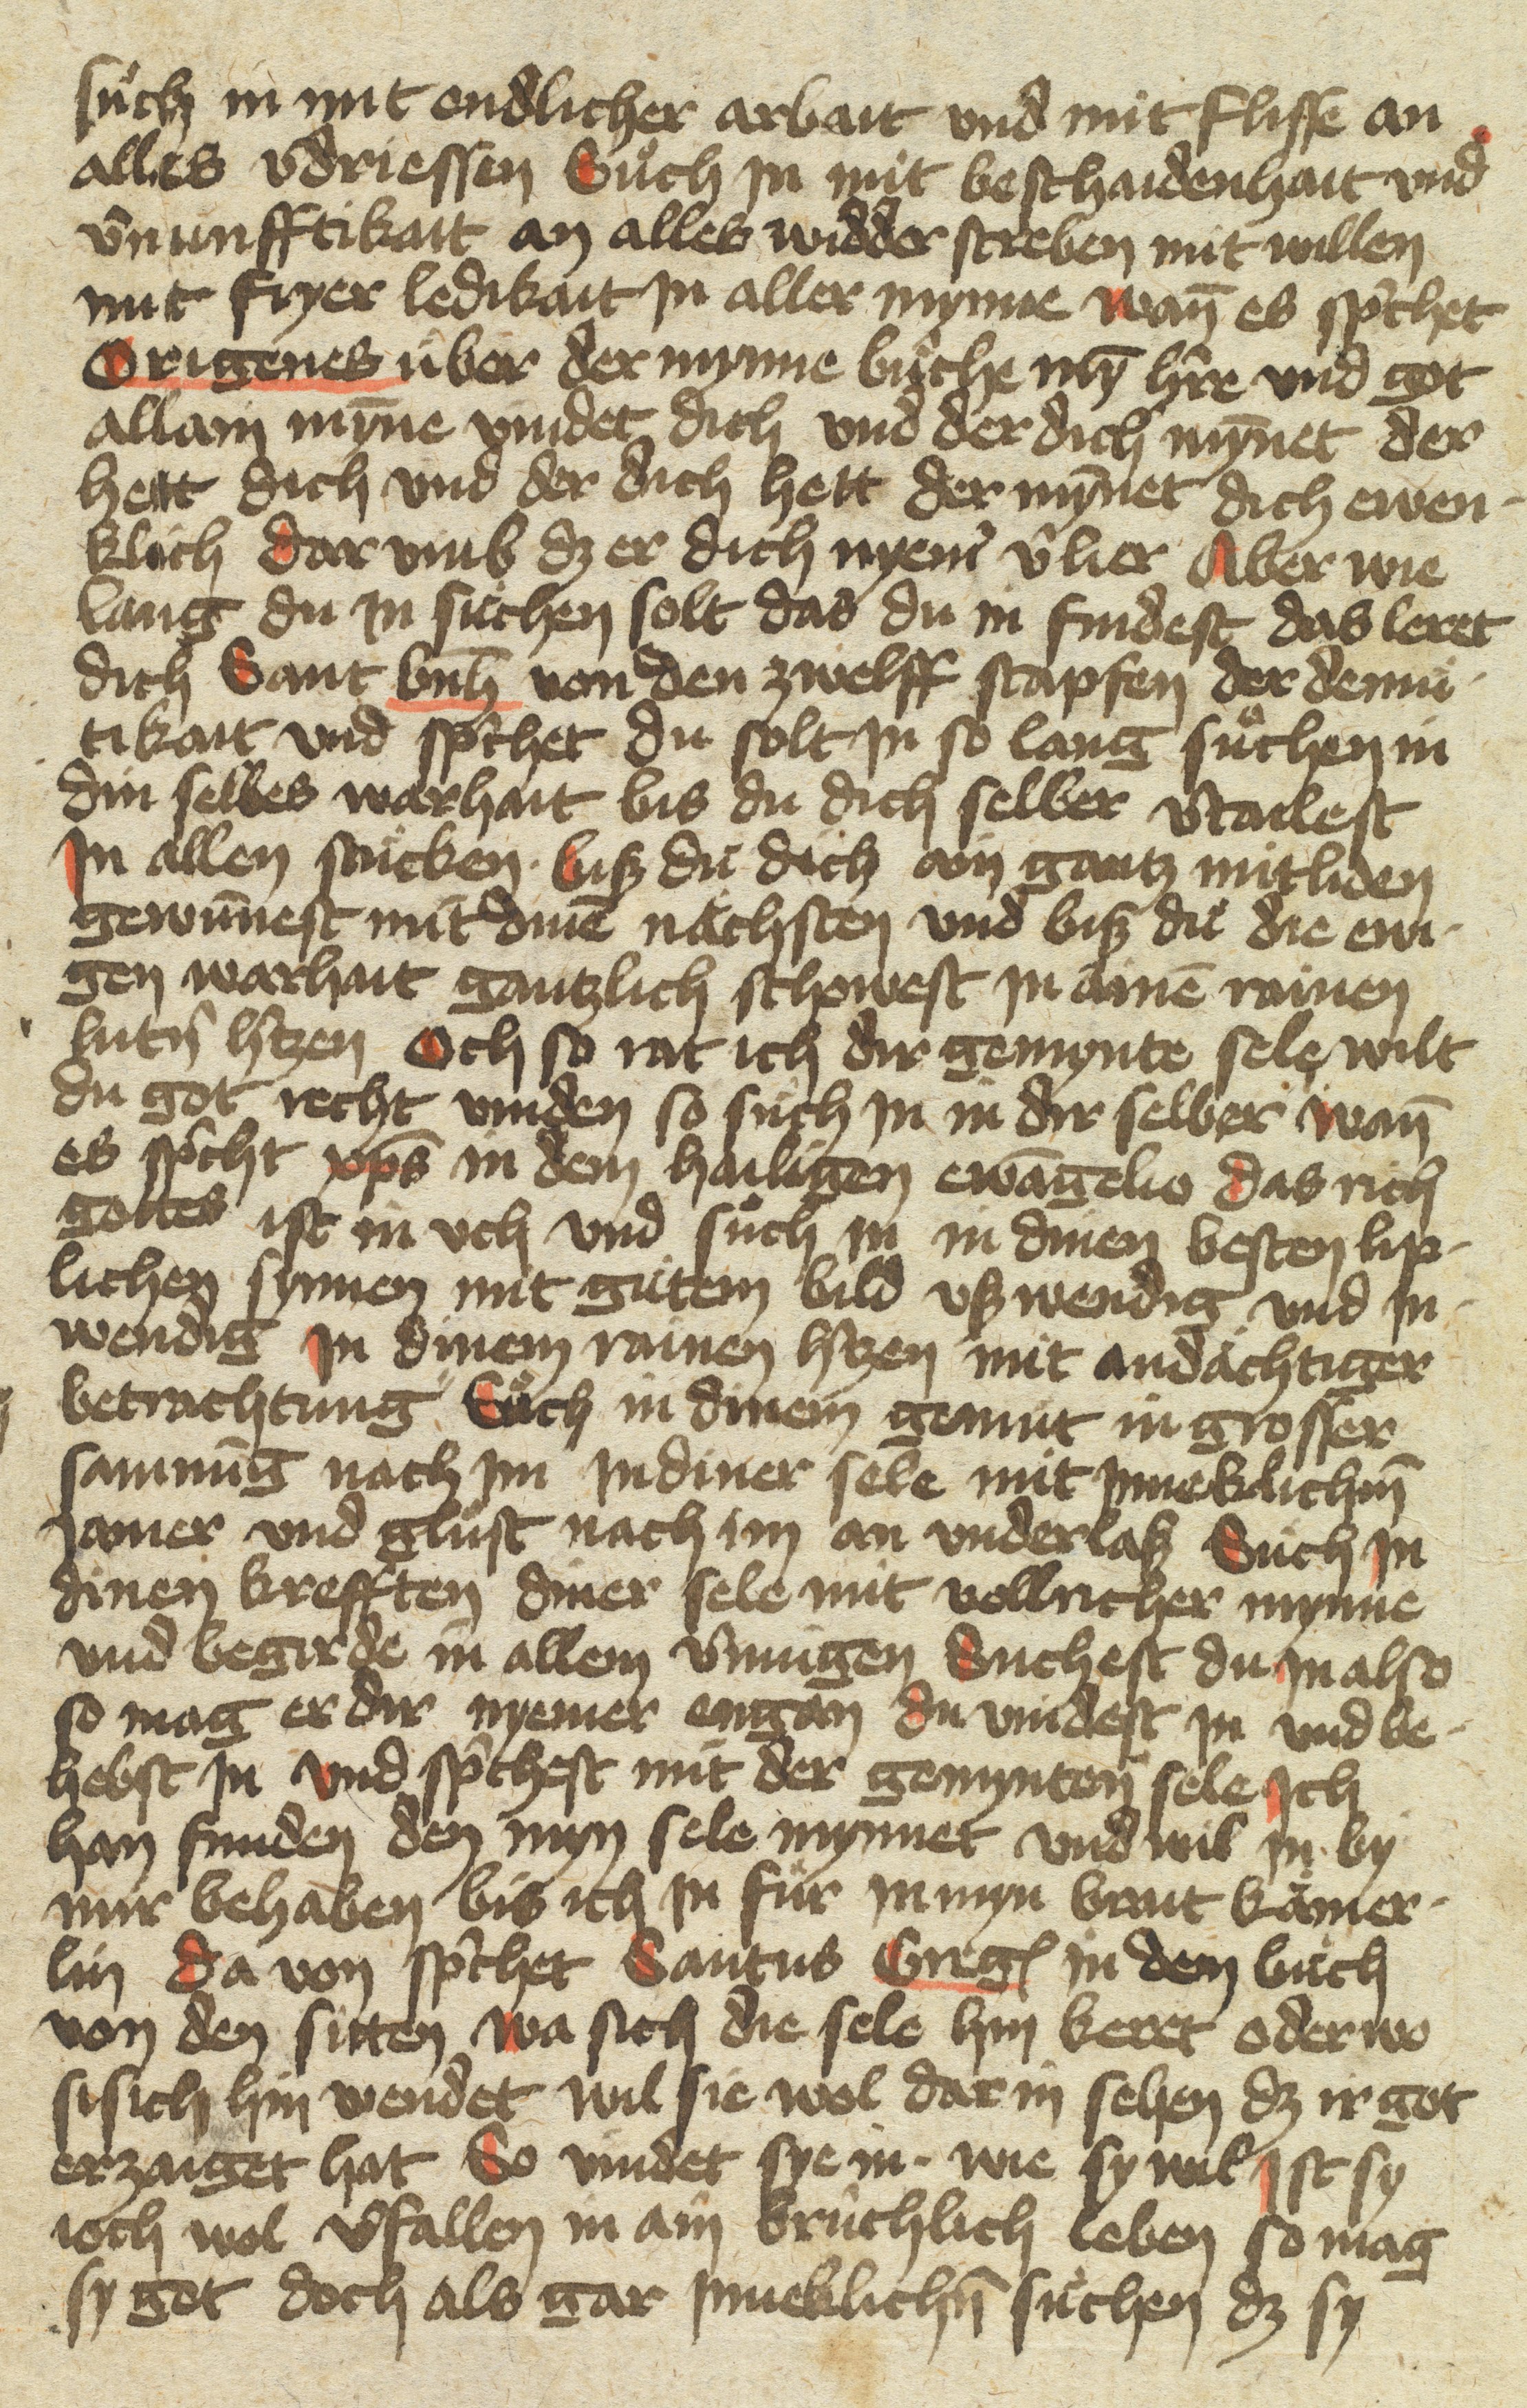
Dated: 1400–1499